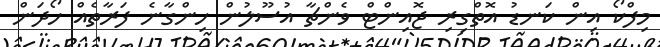
މިފްކޯ އިން ކަނޑު އޮތްގިރި ޖޮއިންޓް ވެންޗާ އުސޫލުން ހިންގާނެ ފަރާތެއް ހޯދަން